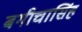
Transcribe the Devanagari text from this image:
बगीचासिंह